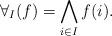
LaTeX: \begin{align*}\forall_I(f) = \bigwedge_{i \in I} f(i).\end{align*}